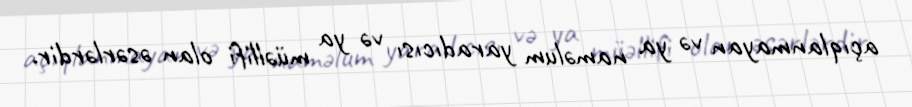
açıqlanmayan və ya naməlum yaradıcısı və ya müəllifi olan əsərlərdir.